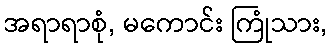
အရာရာစုံ, မကောင်း ကြုံသား,